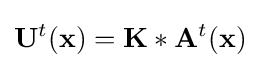
\mathbf {U} ^{t}(\mathbf {x} )=\mathbf {K} *\mathbf {A} ^{t}(\mathbf {x} )